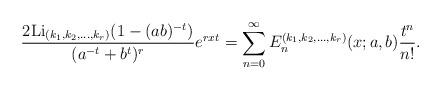
LaTeX: \begin{align*}\frac{2{\rm Li}_{(k_1, k_2,\ldots, k_r)}(1-(ab)^{-t})}{(a^{-t}+b^{t})^r}e^{rxt}=\sum_{n=0}^{\infty}{E}^{(k_1, k_2,\ldots, k_r)}_n(x;a,b)\frac{t^n}{n!}.\end{align*}